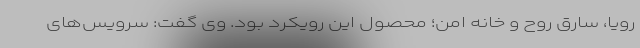
رویا، سارق روح و خانه امن؛ محصول این رویکرد بود. وی گفت: سرویس‌های